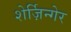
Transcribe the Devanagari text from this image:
शेर्ज़िन्गेर